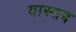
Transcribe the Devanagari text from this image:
वास्तब